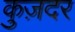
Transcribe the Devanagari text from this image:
कुज़दर